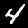
Label: 4